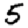
Digit: 5